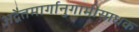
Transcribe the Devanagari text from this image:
अद्वैतमार्गानुगामीसाधक